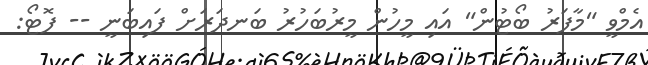
އެމްވީ "މާފަރު ބޯޓުން" އައި މީހުން މީރުބަހުރު ބަނދަރަށް ފައިބަނީ -- ފޮޓޯ: